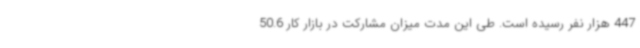
447 هزار نفر رسیده است. طی این مدت میزان مشارکت در بازار کار 50.6